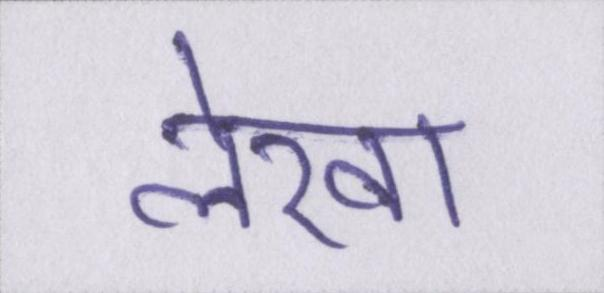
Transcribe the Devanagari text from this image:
लेखा